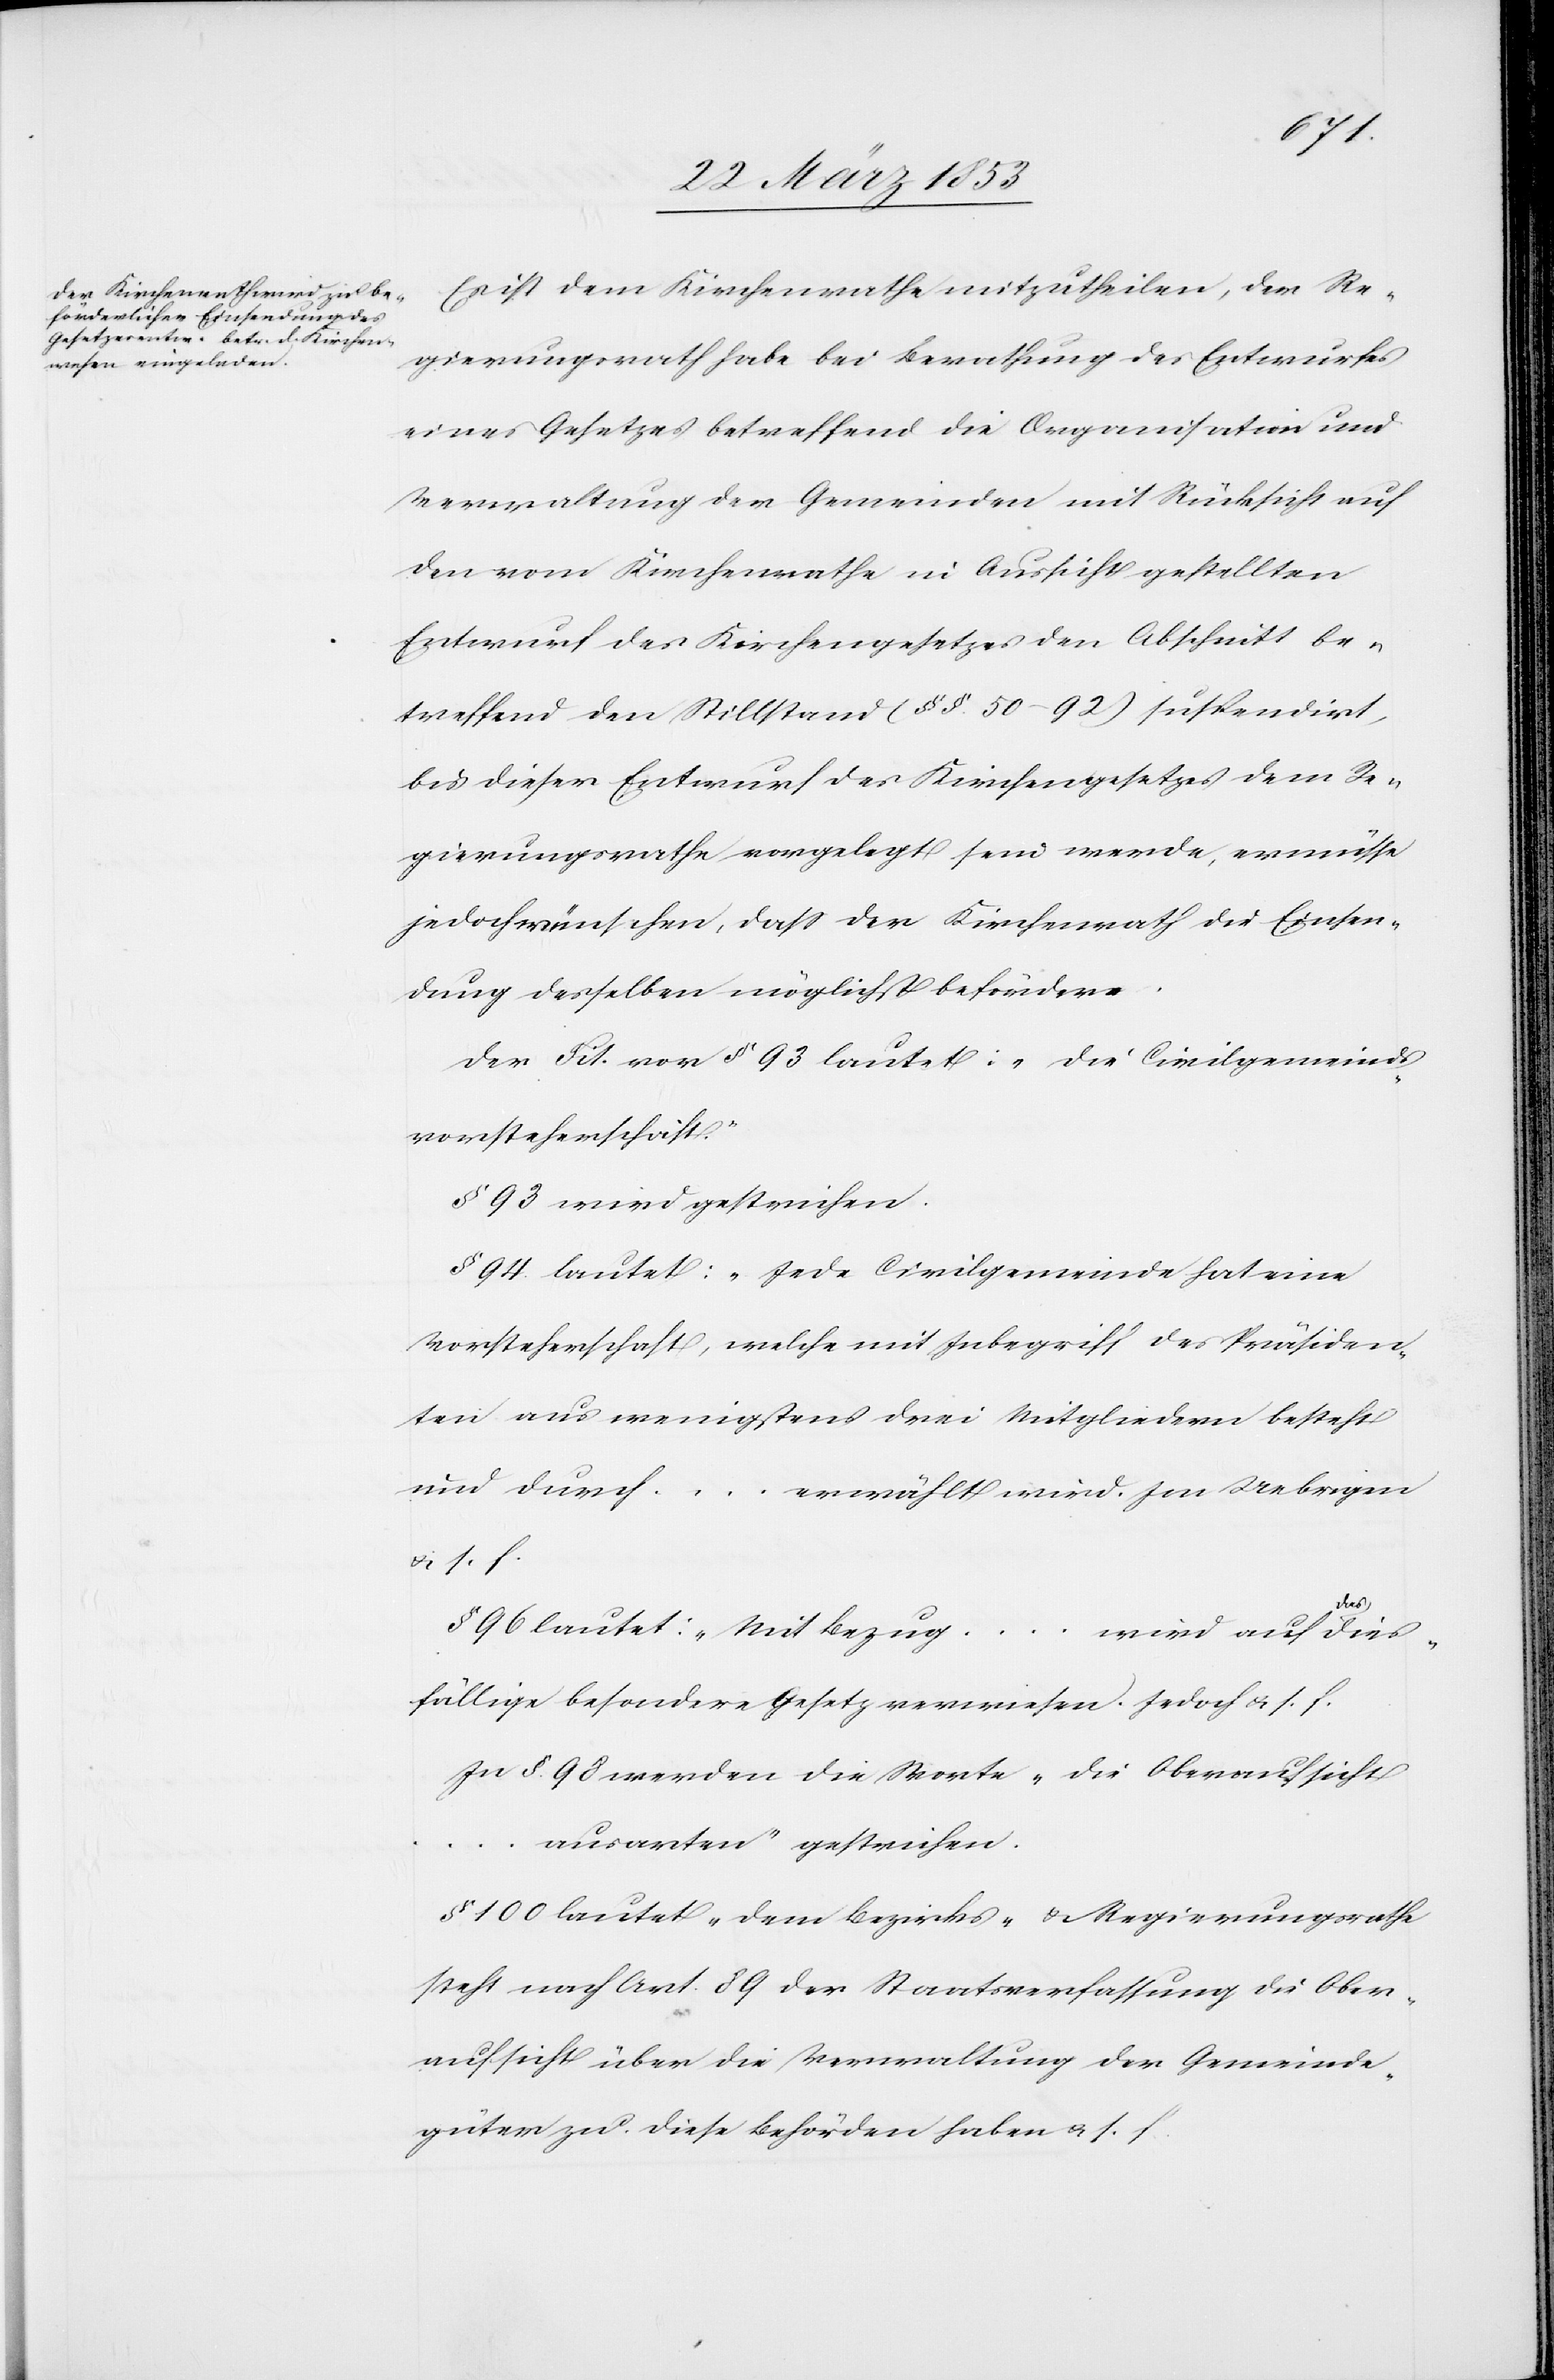
u. s.
Es ist dem Kirchenrathe mitzutheilen, der Re¬
gierungsrath habe bei Berathung des Entwurfes
eines Gesetzes betreffend die Organisation und
Verwaltung der Gemeinden mit Rücksicht auf
den vom Kirchenrathe in Aussicht gestellten
Entwurf des Kirchengesetzes den Abschnitt be¬
treffend den Stillstand (§§ 50–92) suspendirt,
bis dieser Entwurf des Kirchengesetzes dem Re¬
gierungsrathe vorgelegt sein werde, er müsse
jedoch wünschen, daß der Kirchenrath die Einsen¬
dung desselben möglichst befördere.
Der Tit. vor § 93 lautet: „Die Civilgemeinds¬
vorsteherschaft.“
§ 93 wird gestrichen.
§ 94 lautet: „Jede Civilgemeinde hat eine
Vorsteherschaft, welche mit Inbegriff des Präsiden¬
ten aus wenigstens drei Mitgliedern besteht
und durch … erwählt wird. Im Uebrigen
diess¬
§ 96 lautet: „Mit Bezug … wird auf das
fällige besondere Gesetz verwiesen. Jedoch u. s. f.
In § 98 werden die Worte „die Oberaufsicht
ausarten“ gestrichen.
§ 100 lautet „Dem Bezirks- u. Regierungsrathe
steht nach Art. 89 der Staatsverfassung die Ober¬
aufsicht über die Verwaltung der Gemeinde¬
güter zu diese Behörden haben u. s. f.